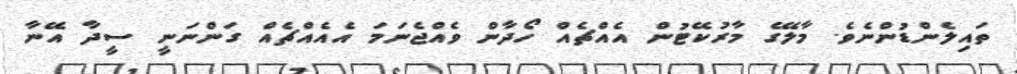
ތައިލެންޑުންނެވެ. މާލޭގެ މާރުކޭޓުން އެއްޗެއް ހޯދާން ވެއްޖެނަމަ އެއެއްޗެއް ގަންނަނީ ސީދާ އޭނާ